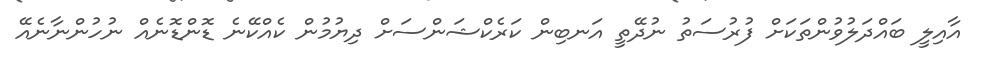
އާއިލީ ބައްދަލުވުންތަކަށް ފުރުސަތު ނުދޭތީ އަނބިން ކަރެކްޝަންސަށް ދިޔުމުން ކެއްކޭނެ ޑޮންޑޮނެއް ނުހުންނާނެއޭ